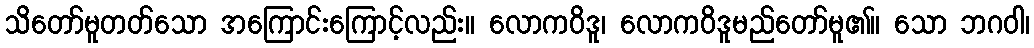
သိတော်မူတတ်သော အကြောင်းကြောင့်လည်း။ လောကဝိဒူ၊ လောကဝိဒူမည်တော်မူ၏။ သော ဘဂဝါ၊